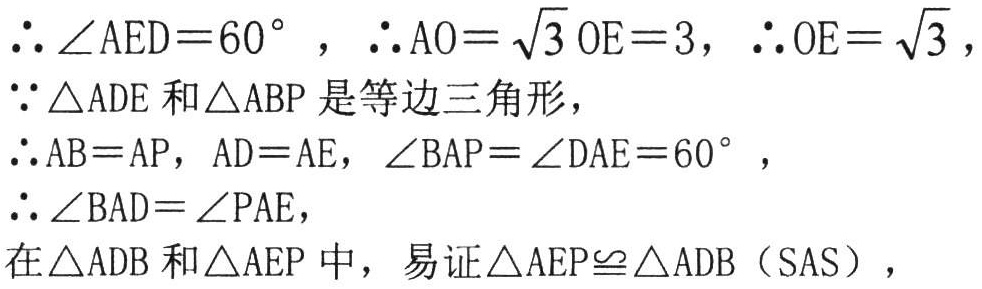
\(\therefore \angle AED = 60^{\circ},\therefore AO=\sqrt{3}OE = 3,\therefore OE=\sqrt{3},\)
\(\because \triangle ADE\) 和 \(\triangle ABP\) 是等边三角形，
\(\therefore AB = AP,AD = AE,\angle BAP=\angle DAE = 60^{\circ},\)
\(\therefore \angle BAD=\angle PAE,\)
在 \(\triangle ADB\) 和 \(\triangle AEP\) 中，易证 \(\triangle AEP\cong\triangle ADB\)（SAS），